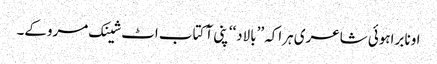
اونا براہوئی شاعری ہراکہ ’’بالاد‘‘ پنی آ کتاب اٹ شینک مروکے۔